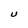
Character: U